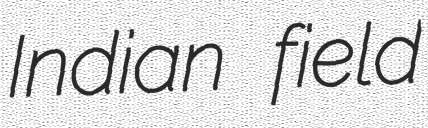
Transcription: Indian field